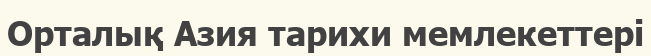
Орталық Азия тарихи мемлекеттері